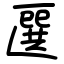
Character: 㔵